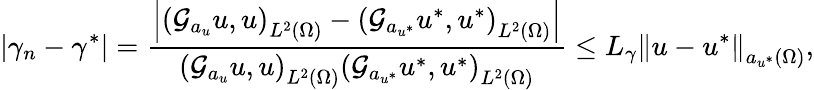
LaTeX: |\gamma_{n}-\gamma^{*}|=\frac{\left|\left(\mathcal{G}_{a_{u}}u,u\right)_{L^{2}(\Omega)}-\left(\mathcal{G}_{a_{u^{*}}}u^{*},u^{*}\right)_{L^{2}(\Omega)}\right|}{\left(\mathcal{G}_{a_{u}}u,u\right)_{L^{2}(\Omega)}\left(\mathcal{G}_{a_{u^{*}}}u^{*},u^{*}\right)_{L^{2}(\Omega)}}\leq L_{\gamma}\left\Vert u-u^{*}\right\Vert_{a_{u^{*}}(\Omega)},